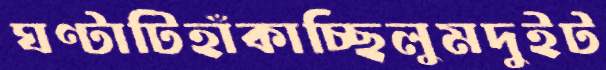
ঘণ্টাটিহাঁকাচ্ছিলুমদুইট